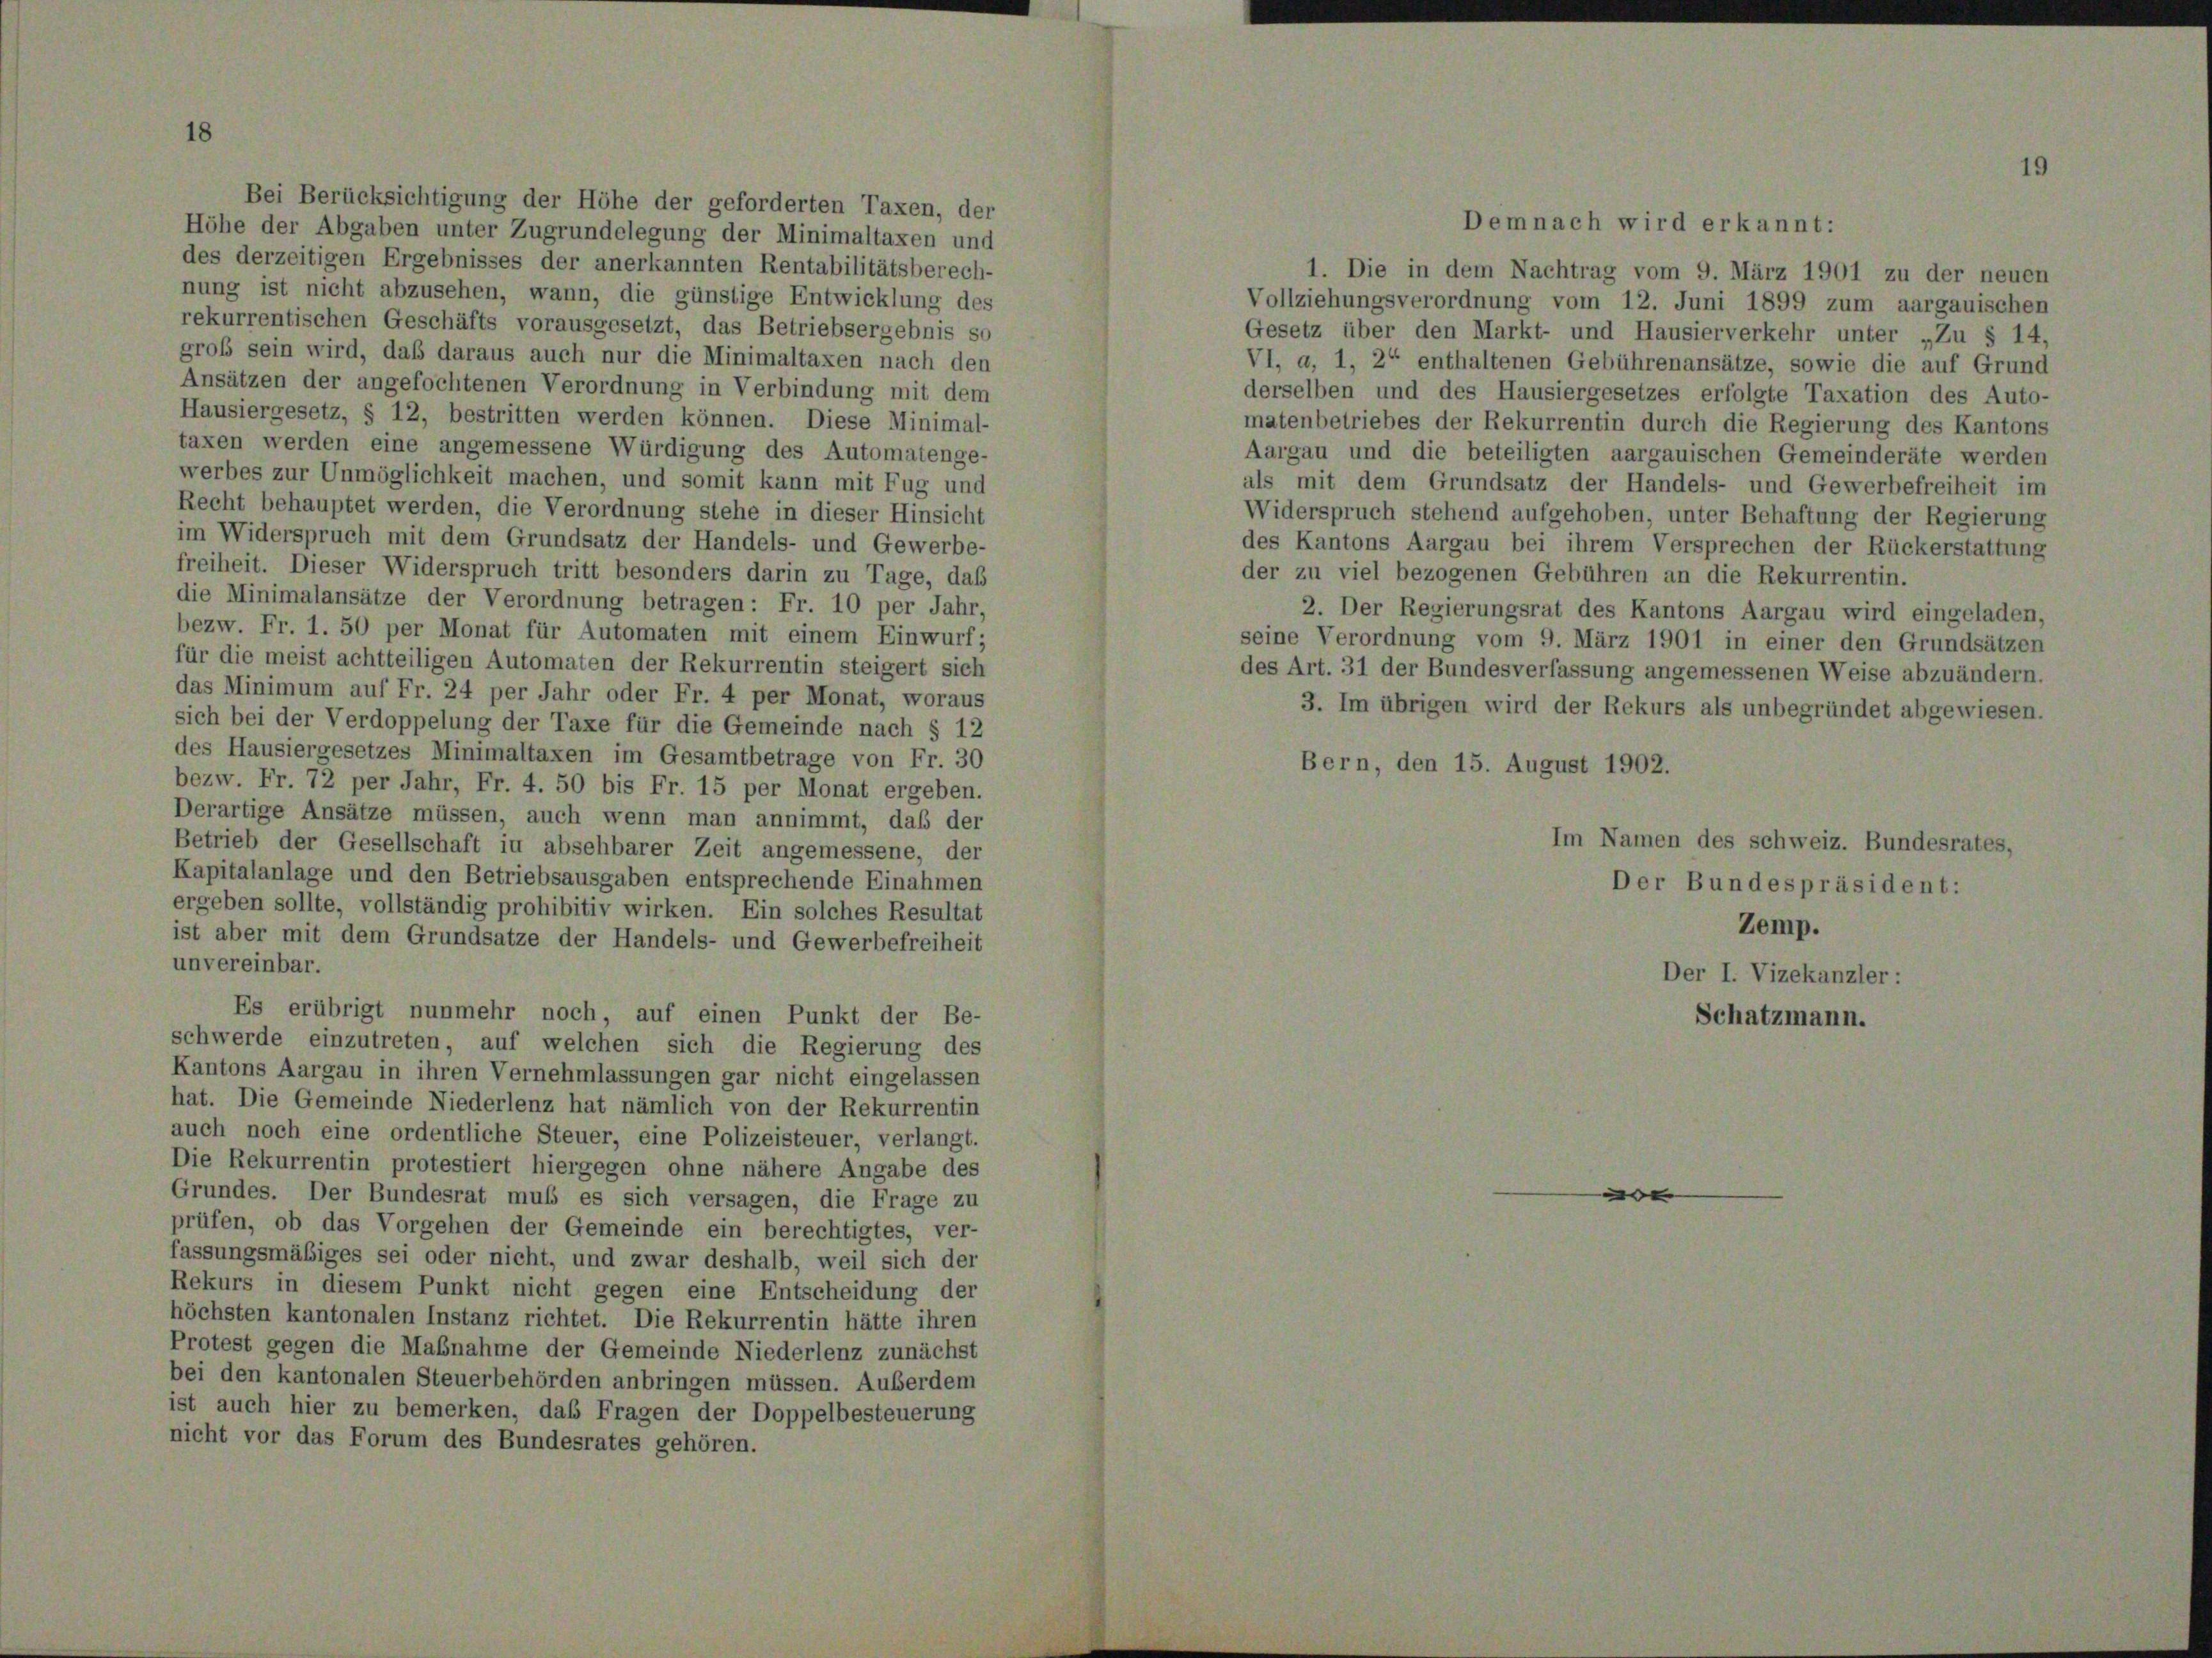
1. Die in dem Nachtrag vom 9. März 1901 zu der neuen
nung ist nicht abzusehen, wann, die günstige Entwicklung des
Vollziehungsverordnung vom 12. Juni 1899 zum aargauischen
rekurrentischen Geschäfts vorausgesetzt, das Betriebsergebnis so
Gesetz über den Markt- und Hausierverkehr unter „Zu § 14,
groß sein wird, daß daraus auch nur die Minimaltaxen nach den
VI, a, 1, 2“ enthaltenen Gebührenansätze, sowie die auf Grund
Ansätzen der angefochtenen Verordnung in Verbindung mit dem
derselben und des Hausiergesetzes erfolgte Taxation des Auto-
Hausiergesetz, § 12, bestritten werden können. Diese Minimal-
matenbetriebes der Rekurrentin durch die Regierung des Kantons
taxen werden eine angemessene Würdigung des Automatenge-
Aargau und die beteiligten aargauischen Gemeinderäte werden
werbes zur Unmöglichkeit machen, und somit kann mit Fug und
als mit dem Grundsatz der Handels- und Gewerbefreiheit im
Recht behauptet werden, die Verordnung stehe in dieser Hinsicht
Widerspruch stehend aufgehoben, unter Behaftung der Regierung
im Widerspruch mit dem Grundsatz der Handels- und Gewerbe-
des Kantons Aargau bei ihrem Versprechen der Rückerstattung
freiheit. Dieser Widerspruch tritt besonders darin zu Tage, daß
der zu viel bezogenen Gebühren an die Rekurrentin.
die Minimalansätze der Verordnung betragen: Fr. 10 per Jahr,
2. Der Regierungsrat des Kantons Aargau wird eingeladen,
bezw. Fr. 1. 50 per Monat für Automaten mit einem Einwurf;
seine Verordnung vom 9. März 1901 in einer den Grundsätzen
für die meist achtteiligen Automaten der Rekurrentin steigert sich
des Art. 31 der Bundesverfassung angemessenen Weise abzuändern.
das Minimum auf Fr. 24 per Jahr oder Fr. 4 per Monat, woraus
3. Im übrigen wird der Rekurs als unbegründet abgewiesen.
sich bei der Verdoppelung der Taxe für die Gemeinde nach § 12
des Hausiergesetzes Minimaltaxen im Gesamtbetrage von Fr. 30
Bern, den 15. August 1902.
bezw. Fr. 72 per Jahr, Fr. 4. 50 bis Fr. 15 per Monat ergeben.
Derartige Ansätze müssen, auch wenn man annimmt, daß der
Im Namen des schweiz. Bundesrates,
Betrieb der Gesellschaft in absehbarer Zeit angemessene, der
Kapitalanlage und den Betriebsausgaben entsprechende Einahmen
Der Bundespräsident:
ergeben sollte, vollständig prohibitiv wirken. Ein solches Resultat
Zemp.
ist aber mit dem Grundsätze der Handels- und Gewerbefreiheit
unvereinbar.
Der I. Vizekanzler :
Es erübrigt nunmehr noch auf einen Punkt der Be-
Schatzmann.
schwerde einzutreten, auf welchen sich die Regierung des
Kantons Aargau in ihren Vernehmlassungen gar nicht eingelassen
hat. Die Gemeinde Niederlenz hat nämlich von der Rekurrentin
auch noch eine ordentliche Steuer, eine Polizeisteuer, verlangt.
Die Rekurrentin protestiert hiergegen ohne nähere Angabe des
e
Grundes. Der Bundesrat muss es sich versagen, die Frage zu
prüfen, ob das Vorgehen der Gemeinde ein berechtigtes, ver-
fassungsmäßiges sei oder nicht, und zwar deshalb, weil sich der
Rekurs in diesem Punkt nicht gegen eine Entscheidung der
höchsten kantonalen Instanz richtet. Die Rekurrentin hätte ihren
Protest gegen die Maßnahme der Gemeinde Niederlenz zunächst
bei den kantonalen Steuerbehörden anbringen müssen. Außerdem
ist auch hier zu bemerken, das Fragen der Doppelbesteuerung
nicht vor das Forum des Bundesrates gehören.

Bei Berücksichtigung der Höhe der geforderten Taxen, der
Höhe der Abgaben unter Zugrundelegung der Minimaltaxen und
des derzeitigen Ergebnisses der anerkannten Rentabilitätsberech-

Demnach wird erkannt: